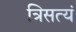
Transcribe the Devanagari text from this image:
त्रिसत्यं